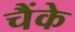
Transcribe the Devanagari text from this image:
चैंके